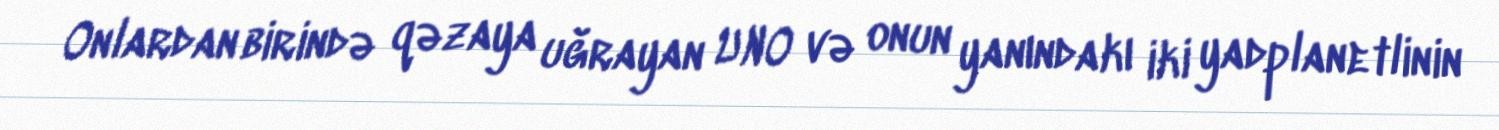
Onlardan birində qəzaya uğrayan UNO və onun yanındakı iki yadplanetlinin